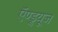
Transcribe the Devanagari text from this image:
ऍण्ड्र्यूज